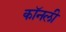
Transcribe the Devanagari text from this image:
कॉनली